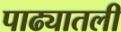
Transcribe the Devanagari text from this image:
पाढ्यातली